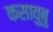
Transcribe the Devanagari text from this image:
कसावुबु